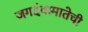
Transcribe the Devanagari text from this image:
जगदंबामातेची